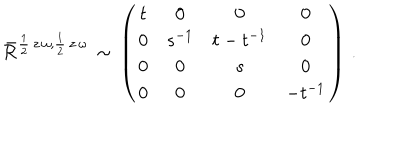
LaTeX: \bar { \cal R } ^ { \frac { 1 } { 2 } \, z \, \omega , \frac { 1 } { 2 } \, z \, \omega } \, \sim \, \left( \begin{array} { c c c c } { { t } } & { { 0 } } & { { 0 } } & { { 0 } } \\ { { 0 } } & { { s ^ { - 1 } } } & { { t - t ^ { - 1 } } } & { { 0 } } \\ { { 0 } } & { { 0 } } & { { s } } & { { 0 } } \\ { { 0 } } & { { 0 } } & { { 0 } } & { { - t ^ { - 1 } } } \\ \end{array} \right) \, .